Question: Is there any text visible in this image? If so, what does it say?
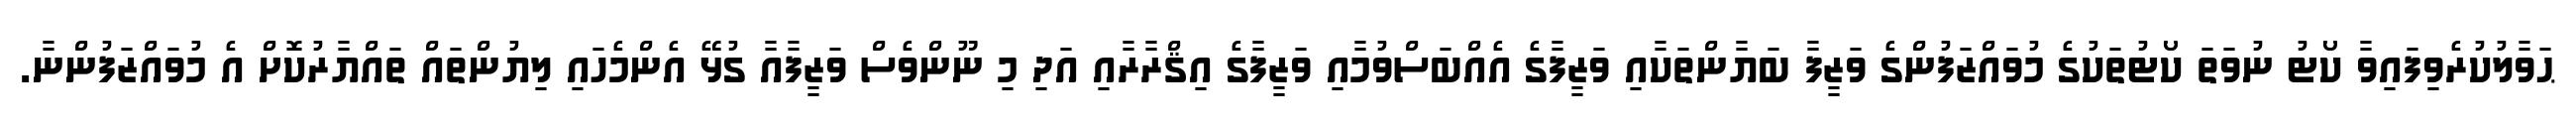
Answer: ޙަވާލުކުރެވިފައިވާ ކޯޓު ނުވަތަ ކޯޓުތަކުގެ މުވައްޒަފުންގެ ވަޒީފާ ބަޔާންތަކާއި ވަޒީފާގެ އެއްބަސްވުމާއި ވަޒީފާގެ އިޤްރާރާއި އަދި މި ނޫންވެސް ވަޒީފާއާ ގުޅޭ އެންމެހައި ލިޔުންތައް ތައްޔާރުކޮށް އެ މުވައްޒަފުންނާ.